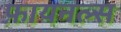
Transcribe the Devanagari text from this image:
फ़ायनल्स